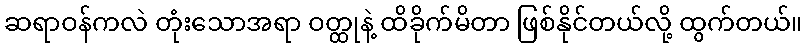
ဆရာဝန်ကလဲ တုံးသောအရာ ဝတ္ထုနဲ့ ထိခိုက်မိတာ ဖြစ်နိုင်တယ်လို့ ထွက်တယ်။